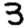
Digit: 3